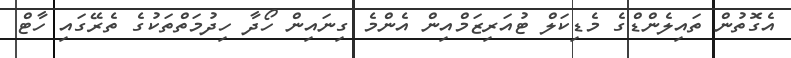
އެގޮތުން ތައިލެންޑްގެ މެޑިކަލް ޓުއަރިޒަމްއިން އެންމެ ގިނައިން ހޯދާ ހިދުމަތްތަކުގެ ތެރޭގައި ހާޓް